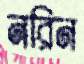
নরিন